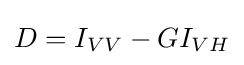
D={I_{VV}}-G{I_{VH}}